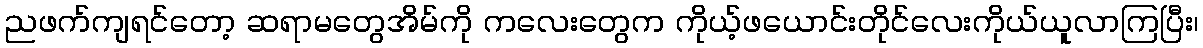
ညဖက်ကျရင်တော့ ဆရာမတွေအိမ်ကို ကလေးတွေက ကိုယ့်ဖယောင်းတိုင်လေးကိုယ်ယူလာကြပြီး၊